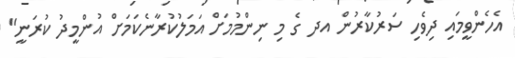
އެހެންވީމައި ދިވެހި ސަރުކާރުން އދ ގެ މި ނިންމުމަށް އަމަލުކުރާނެކަމަށް އުންމީދު ކުރަނީ"